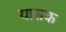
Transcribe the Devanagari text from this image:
यासक